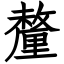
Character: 釐